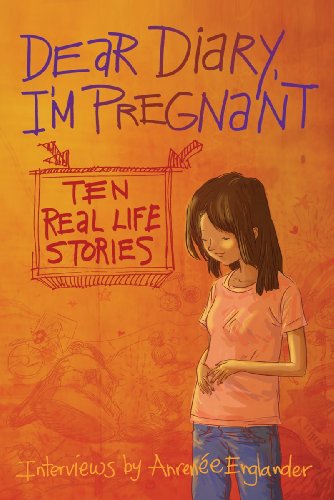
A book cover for Dear Diary, I'm Pregnant: Ten Real Life Stories; Anrenee Englandar; Teen & Young Adult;